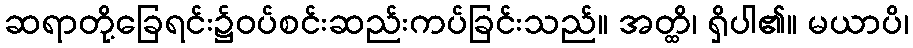
ဆရာတို့ခြေရင်း၌ဝပ်စင်းဆည်းကပ်ခြင်းသည်။ အတ္ထိ၊ ရှိပါ၏။ မယာပိ၊